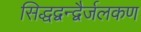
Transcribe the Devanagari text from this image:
सिद्धद्वन्द्वैर्जलकण